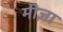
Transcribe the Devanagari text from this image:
मीज़ा